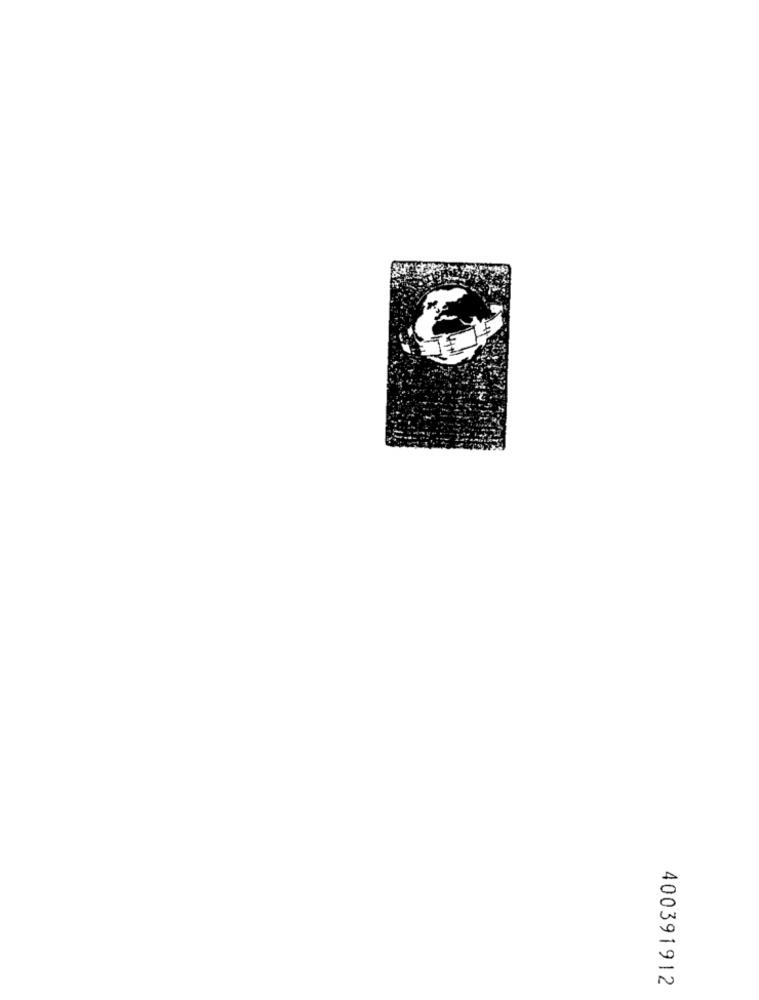
400391912